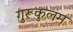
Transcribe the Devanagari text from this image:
गुरूकुलम